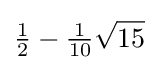
{\tfrac {1}{2}}-{\tfrac {1}{10}}{\sqrt {15}}